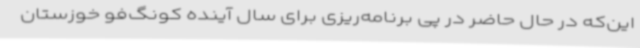
این‌که در حال حاضر در پی برنامه‌ریزی برای سال آینده کونگ‌فو خوزستان